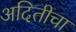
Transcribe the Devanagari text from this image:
अदितीचा